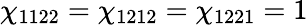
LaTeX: \chi_{1122}=\chi_{1212}=\chi_{1221}=1